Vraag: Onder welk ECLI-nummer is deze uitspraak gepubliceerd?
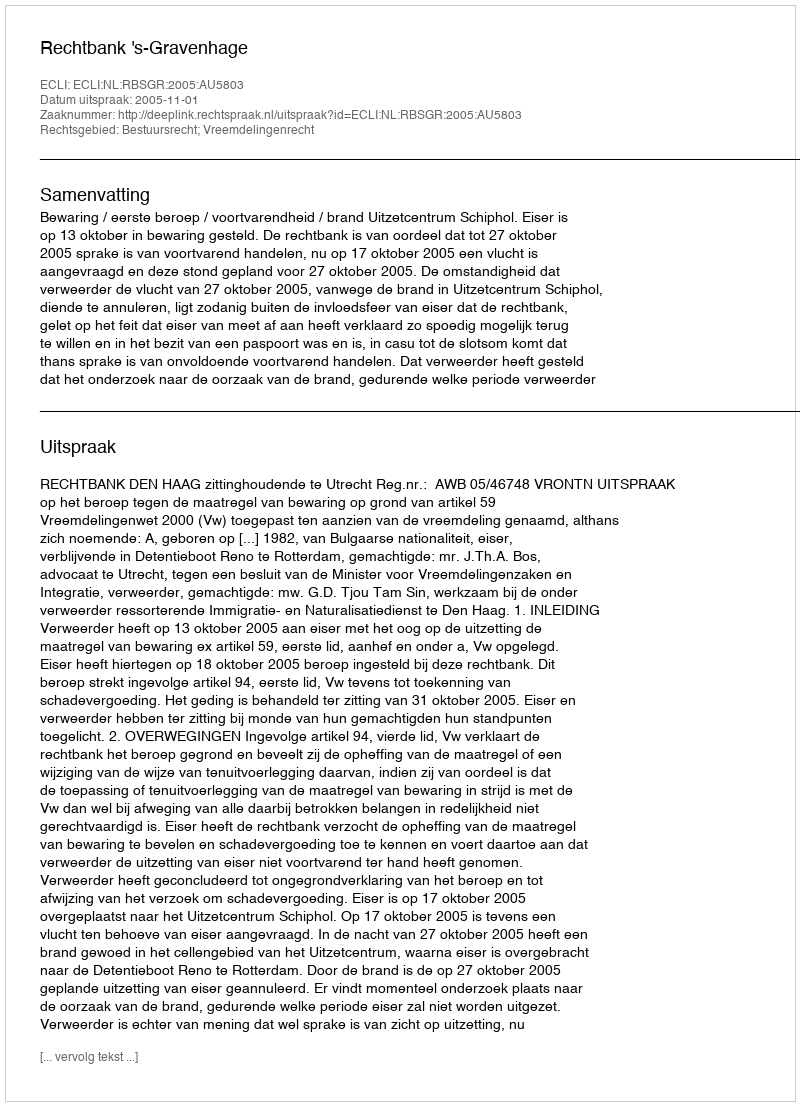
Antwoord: ECLI:NL:RBSGR:2005:AU5803